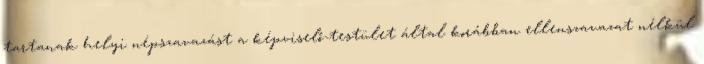
tartanak helyi népszavazást a képviselő-testület által korábban ellenszavazat nélkül